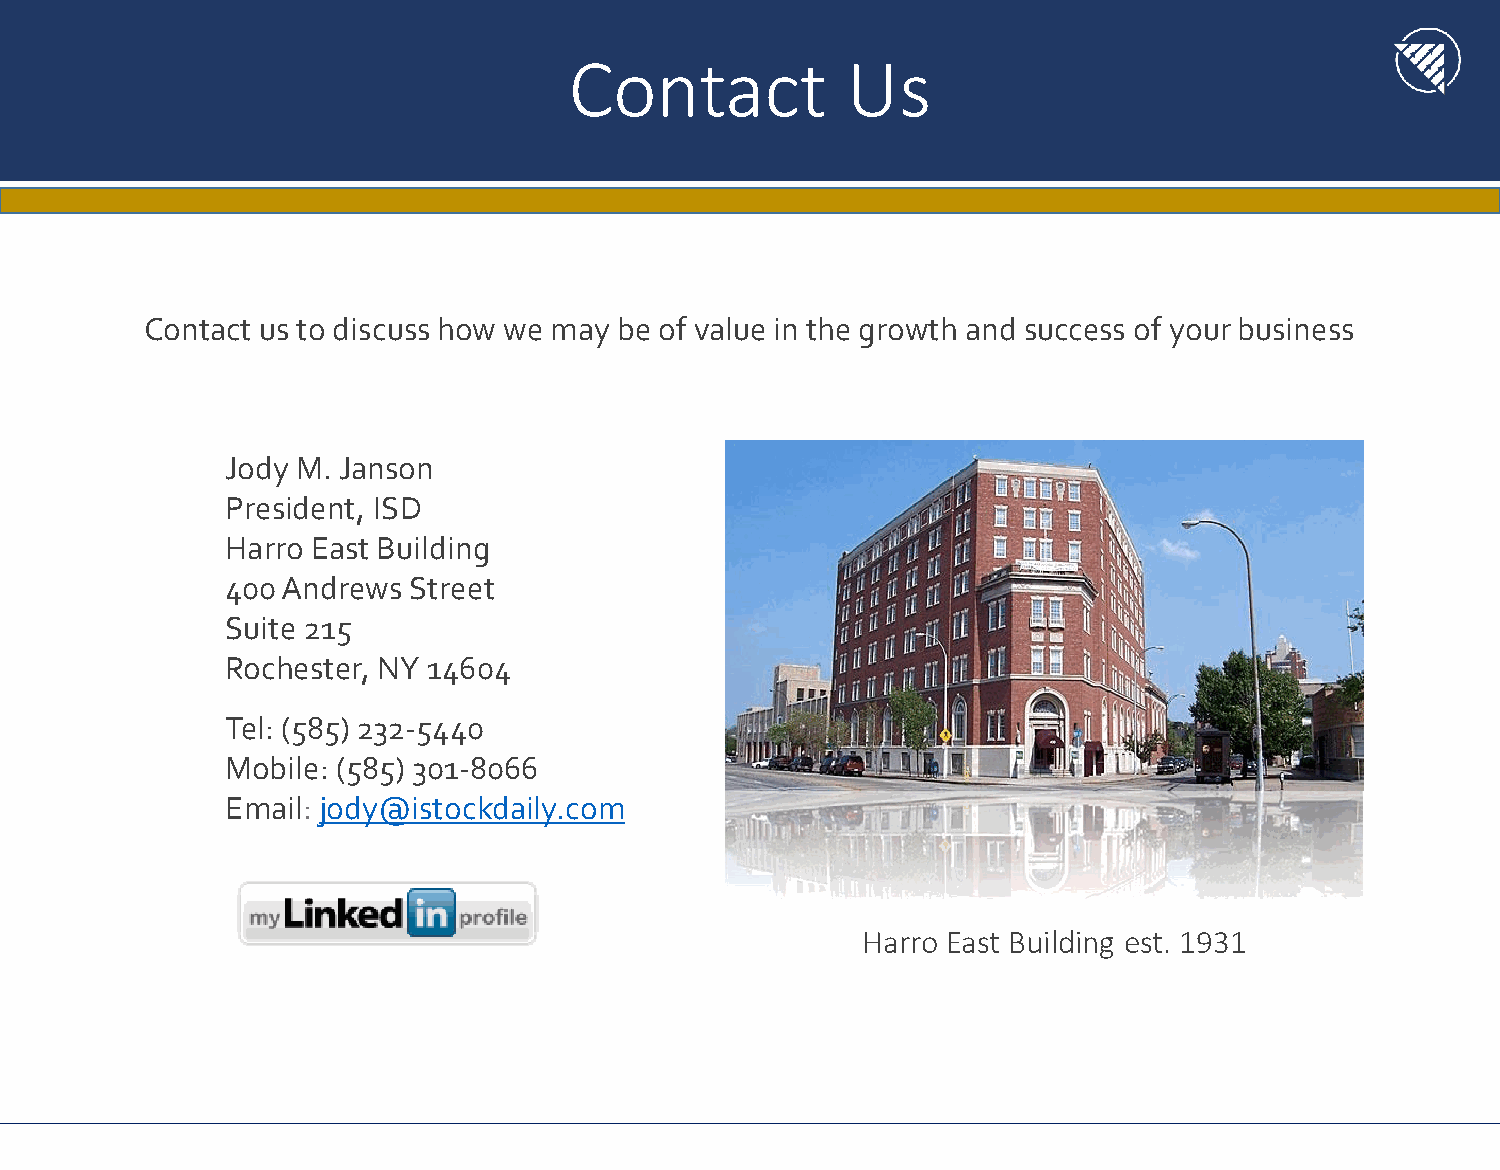
Contact           Us
 Contact us to discuss how we may be of value in the growth and success of your business
 Jody M. Janson
 President, ISD
 Harro East Building
 400 Andrews Street
 Suite 215
 Rochester, NY 14604
 Tel: (585) 232-5440
 Mobile: (585) 301-8066
 Email: jody@istockdaily.com
 Harro East Building est. 1931